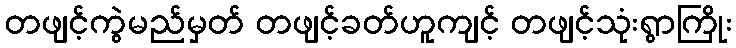
တဖျင့်ကွဲမည်မှတ် တဖျင့်ခတ်ဟူကျင့် တဖျင့်သုံးရွာကြိုး